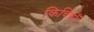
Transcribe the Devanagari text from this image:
किर्चियाँ